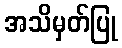
အသိမှတ်ပြု